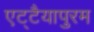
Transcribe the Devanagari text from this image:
एट्टैयापुरम